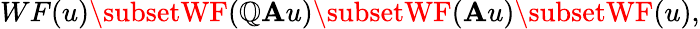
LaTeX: WF(u)\subsetWF(\mathbb{Q}\mathbf{A}u)\subsetWF(\mathbf{A}u)\subsetWF(u),